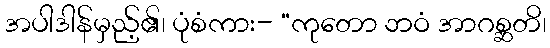
အပါဒါန်မှည့်၏၊ ပုံစံကား- “ကုတော ဘဝံ အာဂစ္ဆတိ၊